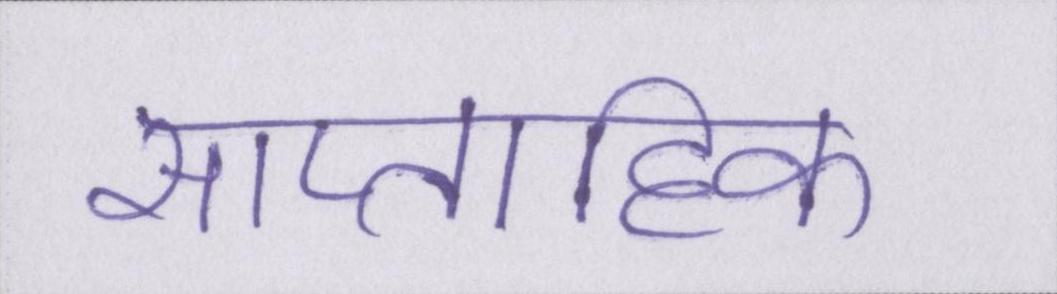
साप्ताहिक